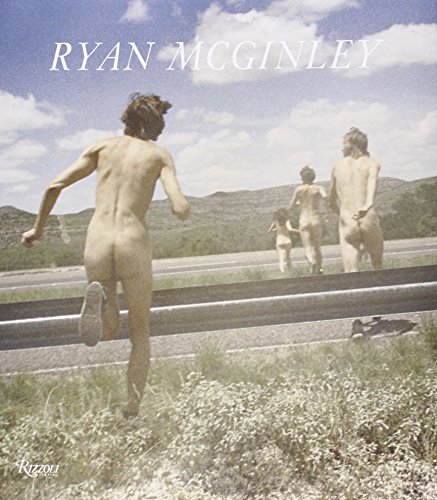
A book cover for Ryan McGinley: Whistle for the Wind; Arts & Photography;